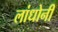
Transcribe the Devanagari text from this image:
लांधोनी